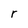
Character: r